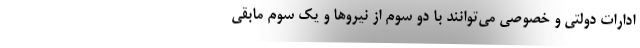
ادارات دولتی و خصوصی می‌توانند با دو سوم از نیروها و یک سوم مابقی